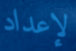
لإعداد